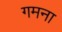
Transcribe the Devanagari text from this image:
गमना